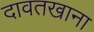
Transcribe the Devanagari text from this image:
दावतखाना